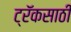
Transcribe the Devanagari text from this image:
ट्रॅकसाठी